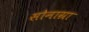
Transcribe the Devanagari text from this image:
सोनाग्रा